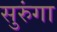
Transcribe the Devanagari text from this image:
सुरुंगा